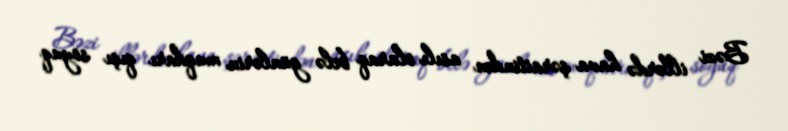
Bəzi illərdə hava şəraitindən asılı olaraq belə günlərin muqdarı qışı soyuq